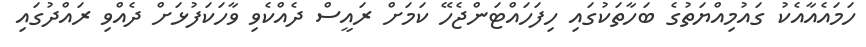
ހަމައެއާއެކު ގައުމިއްޔަތުގެ ބަހާތަކުގައި ހިފަހައްޓަންޖެހޭ ކަމަށް ރައީސް ދެއްކެވި ވާހަކަފުޅަށް ދެއްވި ރައްދުގައި